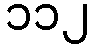
၁၁၂